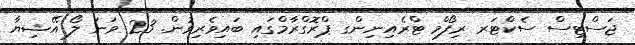
ޖަސްޓިސް ސެކްޓަރ ރިފޯމް ޓްރެއިނިންގ ޕްރޮގްރާމްގައި ބައިވެރިވުން. 23 ވަނަ ލޯ އޭޝިޔާ